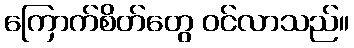
ကြောက်စိတ်တွေ ဝင်လာသည်။